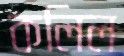
কলিল